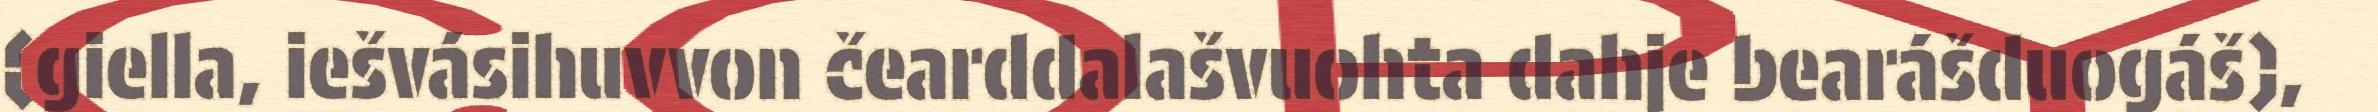
(giella, iešvásihuvvon čearddalašvuohta dahje bearášduogáš),